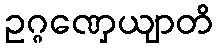
ဥဂ္ဂဏှေယျာတိ